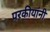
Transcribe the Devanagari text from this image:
परकीयांनी